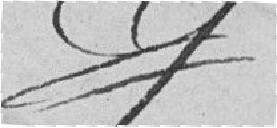
??